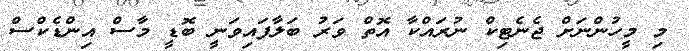
މި މީހުންނަށް ޖެނެޓިކް ނުރައްކާ އޮތް ވަރު ބަލާފައިވަނީ ބޮޑީ މާސް އިންޑެކްސް